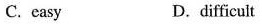
C. easy D. difficult